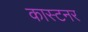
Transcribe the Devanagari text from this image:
कास्टनर